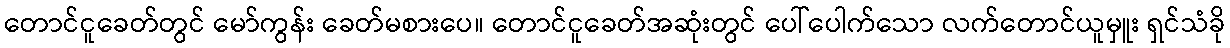
တောင်ငူခေတ်တွင် မော်ကွန်း ခေတ်မစားပေ။ တောင်ငူခေတ်အဆုံးတွင် ပေါ်ပေါက်သော လက်တောင်ယူမှူး ရှင်သံခို